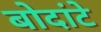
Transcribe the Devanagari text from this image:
बोदांटे